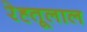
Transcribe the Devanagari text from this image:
रेह्तूलाल